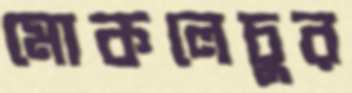
মোকলেচুর